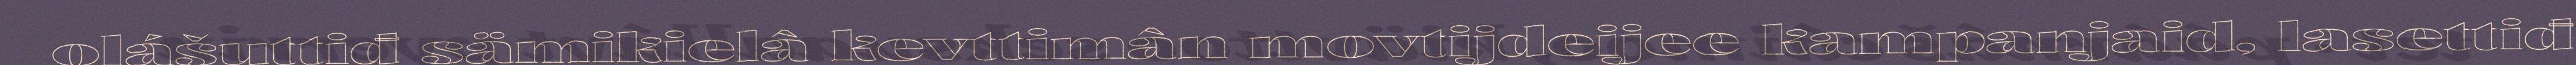
olášuttiđ sämikielâ kevttimân movtijdeijee kampanjaid, lasettiđ